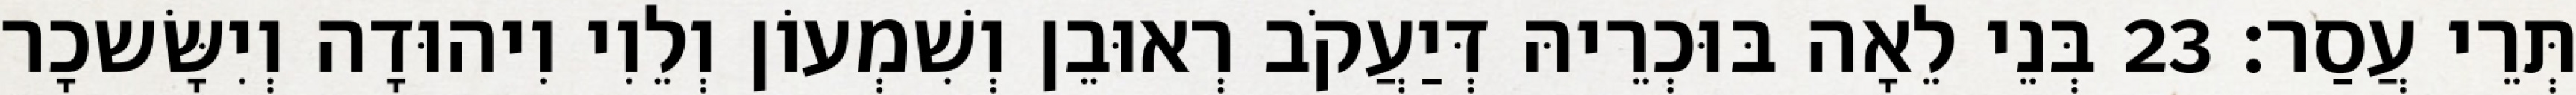
תְּרֵי עֲסַר׃ 23 בְּנֵי לֵאָה בּוּכְרֵיהּ דְּיַעֲקֹב רְאוּבֵן וְשִׁמְעוֹן וְלֵוִי וִיהוּדָה וְיִשָּׂשכָר